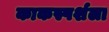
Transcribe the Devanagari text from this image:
काकस्पर्शला